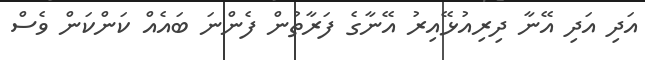
އަދި އަދި އޭނާ ދިރިއުޅޭއިރު އޭނާގެ ފަރާތުން ފެންނަ ބައެއް ކަންކަން ވެސް